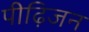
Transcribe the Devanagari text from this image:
पीढ़िजन